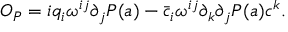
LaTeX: { \cal O } _ { P } = i q _ { i } \omega ^ { i j } \partial _ { j } P ( a ) - \bar { c } _ { i } \omega ^ { i j } \partial _ { k } \partial _ { j } P ( a ) c ^ { k } .